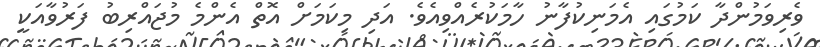
ވެރިވަމުންދާ ކަމުގައި އެމަނިކުފާނު ހާމަކުރެއްވިއެވެ. އަދި މިކަމަށް އޮތް އެންމެ މުޖައްރިބު ފަރުވާއަކީ